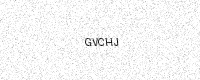
Text: GVCHJ